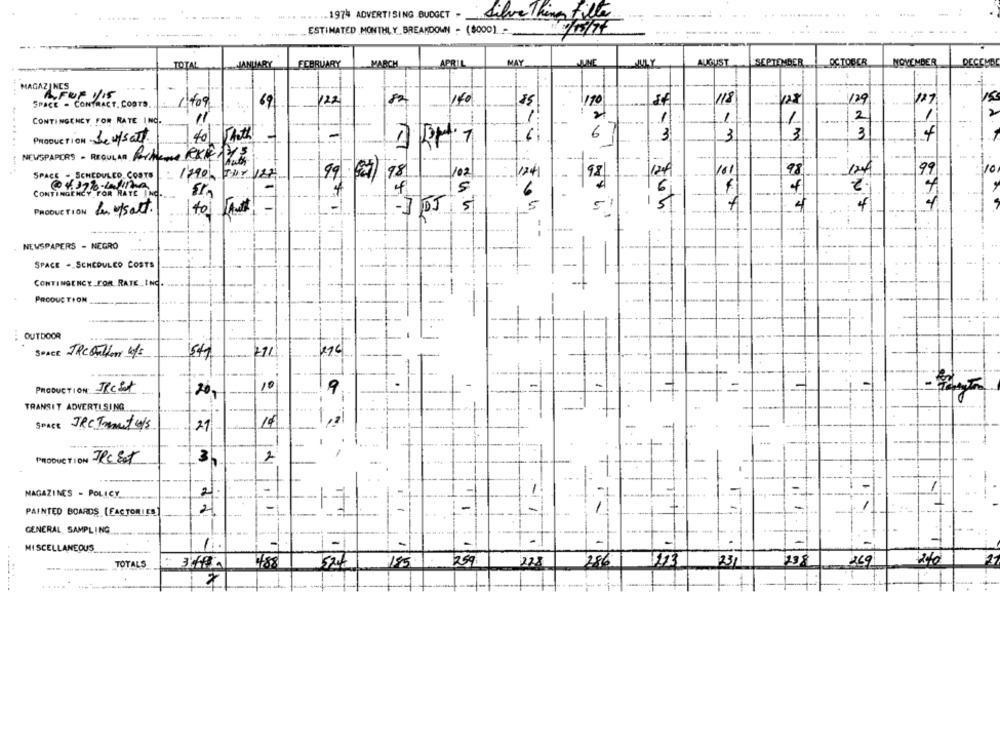
.. 197% ADVERTISING BUDGET -
SilvaThing Fille
ESTIMATED MONTHLY BREAKDOWN - (8000) -
-------
MAY
DECEMBE
TOTA
FEBRUARY
APRIL
JUNE
LILY
AUGUST
SEPTEMBER
OCTOBER
NOVEMBER
MAGAZINCS
...
FUF VIS
18
SPACE - CONTRACT. COSTS.
: 1.409
69
122
82
140
170
118
T
129
127
CONTINGENCY FOR RATE INC.
11
12
1
Thath
6
3
3
3
-
13
PRODUCTION Je w/salt.
40
NEWSPAPERS - REGULAR Pochere RKETTE
.......
/02
161
98
124
9
10
SPACE - SCHEDULED COSTS
99 (87) 98
12.41
98
124
CONTINGENCY FOR RATE NO.
6
PRODUCTION
In utsatt.
-IDJ 5
SI
4
4
4
to fut
-
NEWSPAPERS - NEGRO
SPACE - SCHEDULEO COSTS
CONTINGENCY FOR RATE ING.
PRODUCTION
OUTDOOR
54
SPACE JRC allow 4/5
PRODUCTION The Set
10
9
20,
-
TRANSIT ADVERTISING
Sonce JRC Imant /s
21
-
-
PRODUCTION RESat
3,
MAGAZINES - POLICY
7
1
7
2
PAINTED BOARDS [FACTORIES
GENERAL SAMPLING
MISCELLANEOUS
-
259
288
269
TOTALS_
788
185
286
123
231